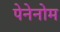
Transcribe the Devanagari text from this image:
पेनेनोम